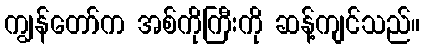
ကျွန်တော်က အစ်ကိုကြီးကို ဆန့်ကျင်သည်။